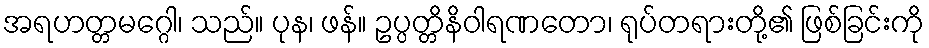
အရဟတ္တမဂ္ဂေါ၊ သည်။ ပုန၊ ဖန်။ ဥပ္ပတ္တိနိဝါရဏတော၊ ရုပ်တရားတို့၏ ဖြစ်ခြင်းကို